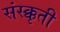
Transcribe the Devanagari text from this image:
संस्क्कृती